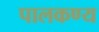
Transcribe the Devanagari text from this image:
पालकण्य